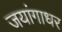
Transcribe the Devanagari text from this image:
जयांगाधर